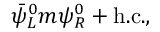
\bar { \psi } _ { L } ^ { 0 } m \psi _ { R } ^ { 0 } + \mathrm { h . c . } ,